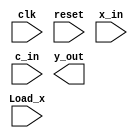
`timescale 1ns / 1ps
//////////////////////////////////////////////////////////////////////////////////
// Company: 
// Engineer: 
// 
// Design Name: 
// Module Name:    filter_2 
// Project Name: 
// Target Devices: 
// Tool versions: 
// Description: 
//
// Dependencies: 
//
// Revision: 
// Revision 0.01 - File Created
// Additional Comments: 
//
//////////////////////////////////////////////////////////////////////////////////
module filter_2
#(parameter W1 = 9, // Input bit width
W2 = 18, // Multiplier bit width 2*W1
W3 = 19, // Adder width = W2+log2(L)-1
W4 = 11, // Output bit width
L = 4) // Filter length
(input clk, // System clock
input reset, // Asynchronous reset
input Load_x, // Load/run switch
input signed [W1-1:0] x_in, // System input
input signed [W1-1:0] c_in, //Coefficient data input
output signed [W4-1:0] y_out); // System output

endmodule